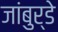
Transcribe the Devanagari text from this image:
जांबुर्डे